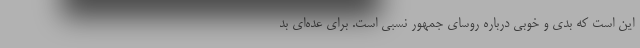
این است که بدی و خوبی درباره روسای جمهور نسبی است. برای عده‌ای بد